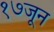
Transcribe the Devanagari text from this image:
१७जून